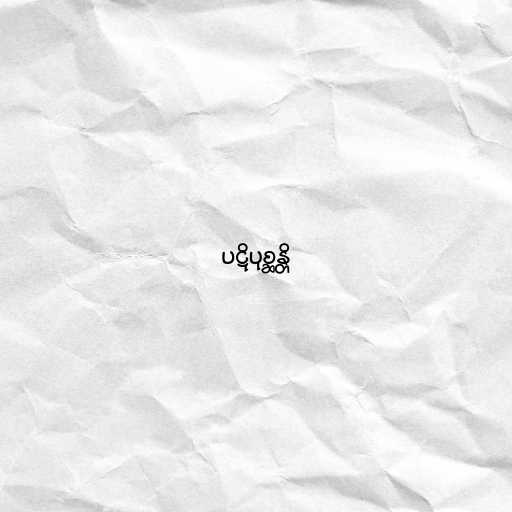
ပဋိပုစ္ဆန္တိ